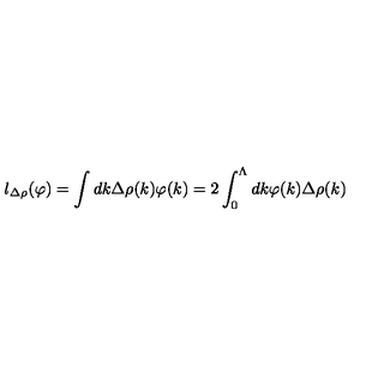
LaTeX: l _ { \Delta \rho } ( \varphi ) = \int d k \Delta \rho ( k ) \varphi ( k ) = 2 \int _ { 0 } ^ { \Lambda } d k \varphi ( k ) \Delta \rho ( k )